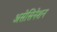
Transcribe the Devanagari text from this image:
असेसिनेशन